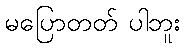
မပြောတတ် ပါဘူး